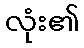
လုံး၏